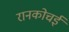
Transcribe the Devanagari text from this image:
रानकोचई